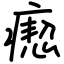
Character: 瘛